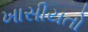
ખાસીયતો